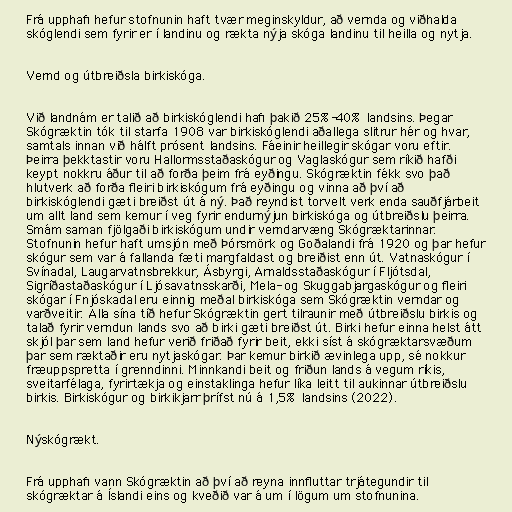
Frá upphafi hefur stofnunin haft tvær meginskyldur, að vernda og viðhalda
skóglendi sem fyrir er í landinu og rækta nýja skóga landinu til heilla og nytja.

Vernd og útbreiðsla birkiskóga.

Við landnám er talið að birkiskóglendi hafi þakið 25%-40% landsins. Þegar
Skógræktin tók til starfa 1908 var birkiskóglendi aðallega slitrur hér og hvar,
samtals innan við hálft prósent landsins. Fáeinir heillegir skógar voru eftir.
Þeirra þekktastir voru Hallormsstaðaskógur og Vaglaskógur sem ríkið hafði
keypt nokkru áður til að forða þeim frá eyðingu. Skógræktin fékk svo það
hlutverk að forða fleiri birkiskógum frá eyðingu og vinna að því að
birkiskóglendi gæti breiðst út á ný. Það reyndist torvelt verk enda sauðfjárbeit
um allt land sem kemur í veg fyrir endurnýjun birkiskóga og útbreiðslu þeirra.
Smám saman fjölgaði birkiskógum undir verndarvæng Skógræktarinnar.
Stofnunin hefur haft umsjón með Þórsmörk og Goðalandi frá 1920 og þar hefur
skógur sem var á fallanda fæti margfaldast og breiðist enn út. Vatnaskógur í
Svínadal, Laugarvatnsbrekkur, Ásbyrgi, Arnaldsstaðaskógur í Fljótsdal,
Sigríðastaðaskógur í Ljósavatnsskarði, Mela- og Skuggabjargaskógur og fleiri
skógar í Fnjóskadal eru einnig meðal birkiskóga sem Skógræktin verndar og
varðveitir. Alla sína tíð hefur Skógræktin gert tilraunir með útbreiðslu birkis og
talað fyrir verndun lands svo að birki gæti breiðst út. Birki hefur einna helst átt
skjól þar sem land hefur verið friðað fyrir beit, ekki síst á skógræktarsvæðum
þar sem ræktaðir eru nytjaskógar. Þar kemur birkið ævinlega upp, sé nokkur
fræuppspretta í grenndinni. Minnkandi beit og friðun lands á vegum ríkis,
sveitarfélaga, fyrirtækja og einstaklinga hefur líka leitt til aukinnar útbreiðslu
birkis. Birkiskógur og birkikjarr þrífst nú á 1,5% landsins (2022).

Nýskógrækt.

Frá upphafi vann Skógræktin að því að reyna innfluttar trjátegundir til
skógræktar á Íslandi eins og kveðið var á um í lögum um stofnunina.